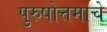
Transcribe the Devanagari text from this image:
पुरुषोत्तमाचे